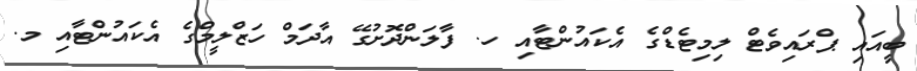
ބީއައި ޕްރައިވެޓް ލިމިޓެޑްގެ އެކައުންޓާއި ހ. ފާލަންދޮށުގޭ އާދަމް ހަޒްލީމްގެ އެކައުންޓާއި މ.